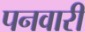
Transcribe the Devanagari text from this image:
पनवारी